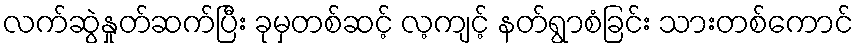
လက်ဆွဲနှုတ်ဆက်ပြီး ခုမှတစ်ဆင့် လ့ကျင့် နတ်ရွာစံခြင်း သားတစ်ကောင်